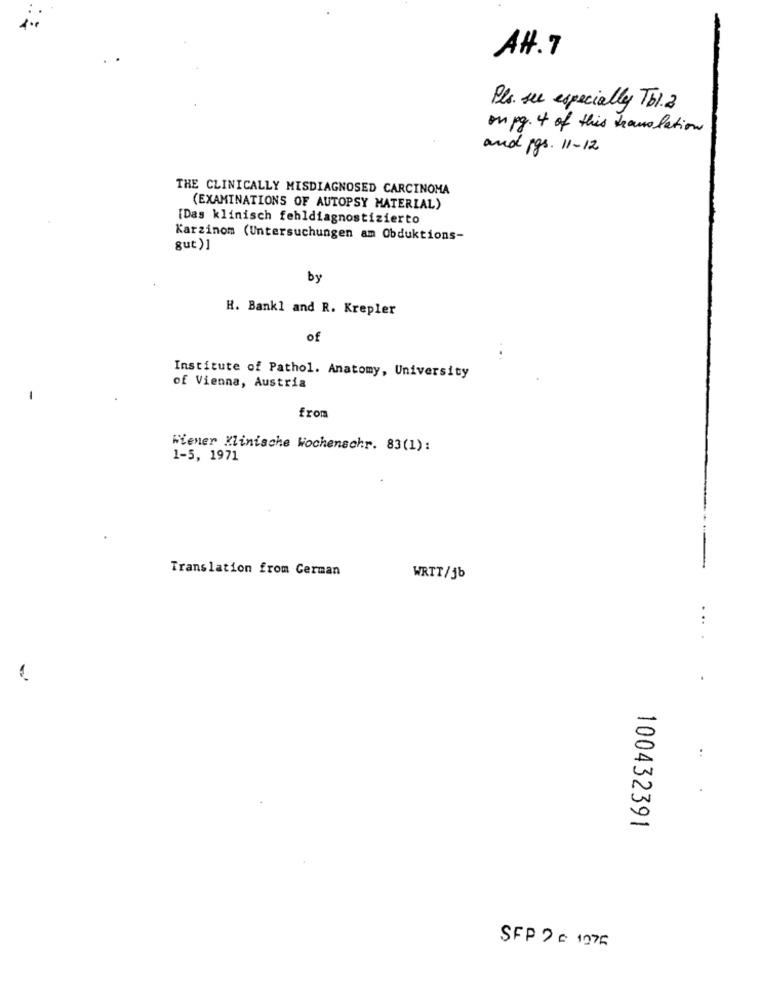
AH. 7
Pla. see especially Tbl.2
on pg. 4 of this translation
and pgs. 11- 12
THE CLINICALLY MISDIAGNOSED CARCINOMA
(EXAMINATIONS OF AUTOPSY MATERIAL)
[Das klinisch fehldiagnostizierto
Karzinom (Untersuchungen am Obduktions-
gut)]
by
H. Bank1 and R. Krepler
of
Institute of Pathol. Anatomy, University
of Vienna, Austria
-
from
Wiener Klinische Wochenschr. 83(1):
1-5, 1971
Translation from German
WRTT/56
100432391
SFP 2 = 1075